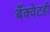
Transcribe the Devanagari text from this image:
बँक्वेटही